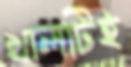
খালটিই